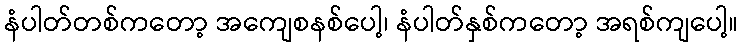
နံပါတ်တစ်ကတော့ အကျေစနစ်ပေါ့၊ နံပါတ်နှစ်ကတော့ အရစ်ကျပေါ့။